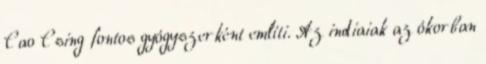
Cao Csing fontos gyógyszerként említi. Az indiaiak az ókorban